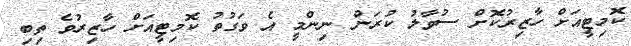
ކޮމިޓީއަށް ހާޒިރުކޮށް ސުވާލު ކުރަން ނިންމީ އެ ވަގުތު ކޮމިޓީއަށް ހާޒިރުވެ ތިބި